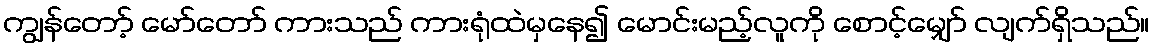
ကျွန်တော့် မော်တော် ကားသည် ကားရုံထဲမှနေ၍ မောင်းမည့်လူကို စောင့်မျှော် လျက်ရှိသည်။